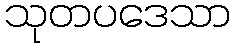
သုတပဒေသာ